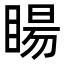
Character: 䁑